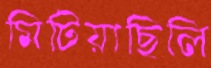
মিটিয়াছিলি